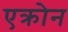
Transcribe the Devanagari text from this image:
एक्रोन